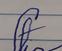
Signature authenticity: forged